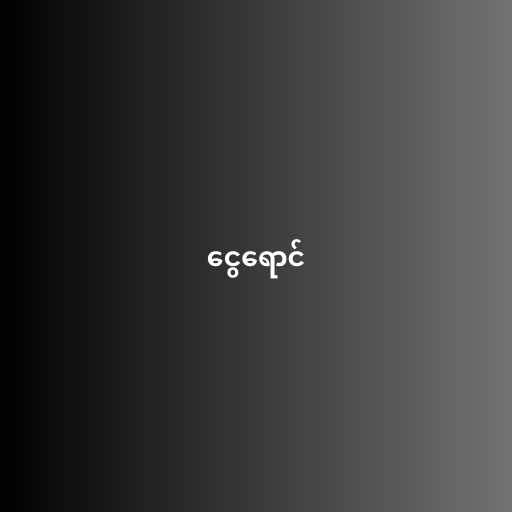
ငွေရောင်